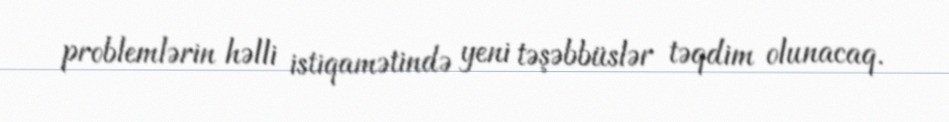
problemlərin həlli istiqamətində yeni təşəbbüslər təqdim olunacaq.